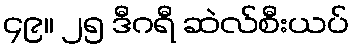
၄၉။ ၂၅ ဒီဂရီ ဆဲလ်စီးယပ်